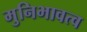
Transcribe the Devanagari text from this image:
मुनिभावत्व